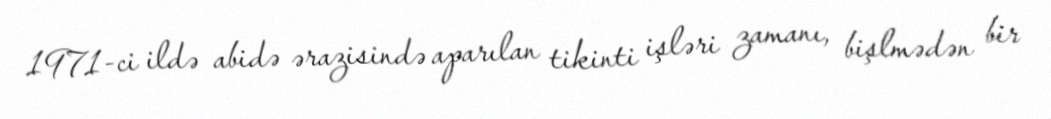
1971-ci ildə abidə ərazisində aparılan tikinti işləri zamanı, bişlmədən bir